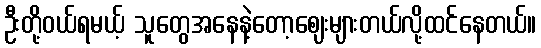
ဦးတို့ဝယ်ရမယ့် သူတွေအနေနဲ့တော့ဈေးများတယ်လို့ထင်နေတယ်။